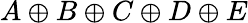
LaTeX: A\oplus B\oplus C\oplus D\oplus E